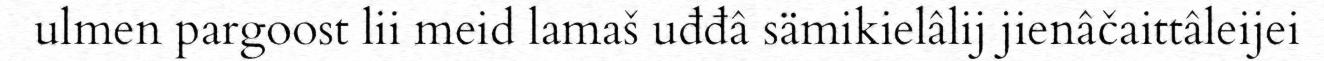
ulmen pargoost lii meid lamaš uđđâ sämikielâlij jienâčaittâleijei